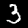
Label: 3